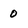
Character: 0